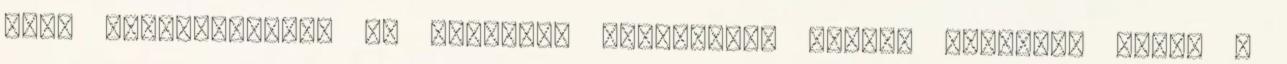
több nemzetközileg is elismert tudományos mûhely mûködik, ilyen a